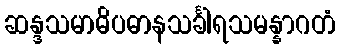
ဆန္ဒသမာဓိပဓာနသင်္ခါရသမန္နာဂတံ